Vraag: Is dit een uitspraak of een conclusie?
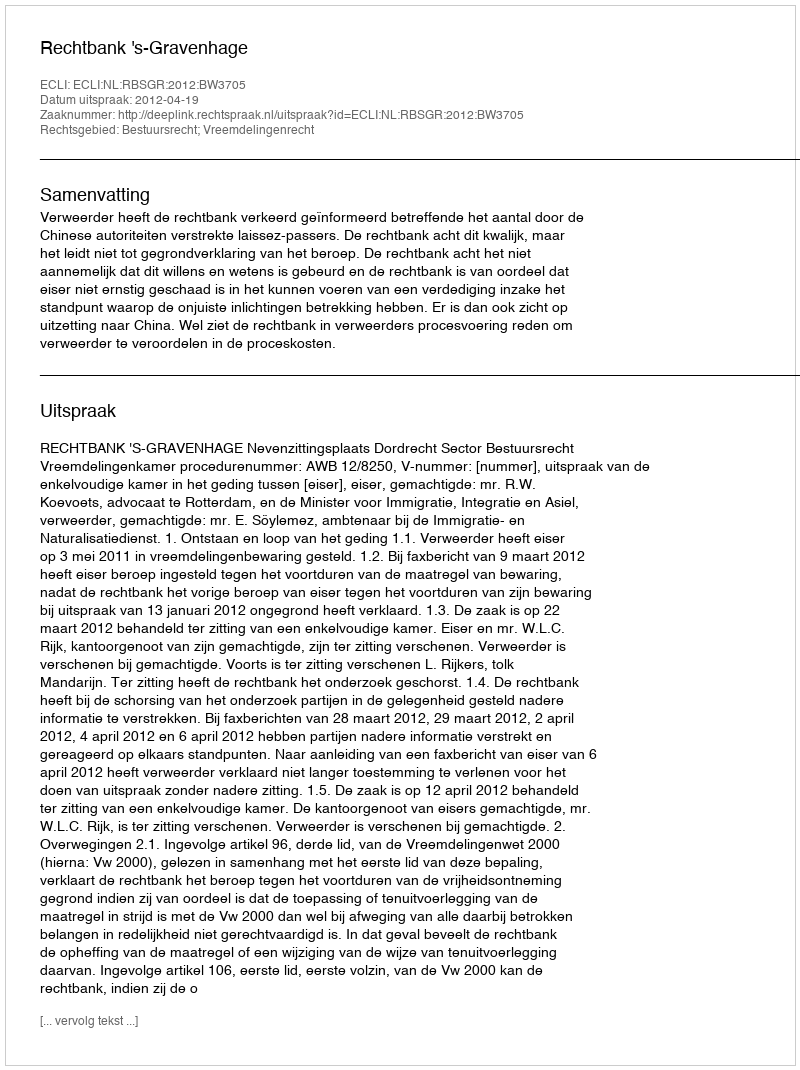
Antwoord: Uitspraak